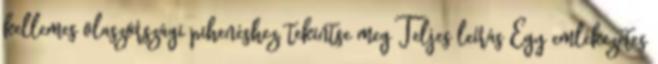
kellemes olaszországi pihenéshez, tekintse meg Teljes leírás Egy emlékezetes